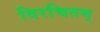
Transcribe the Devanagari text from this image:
विरचितम्